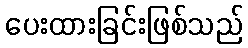
ပေးထားခြင်းဖြစ်သည်